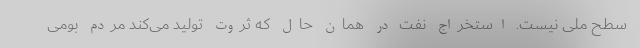
سطح ملی نیست. استخراج نفت در همان حال که ثروت تولید می‌کند مردم بومی